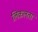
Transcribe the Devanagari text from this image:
लिकलता